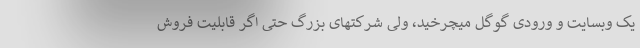
یک وبسایت و ورودی گوگل میچرخید، ولی شرکتهای بزرگ حتی اگر قابلیت فروش